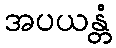
အပယန္တံ